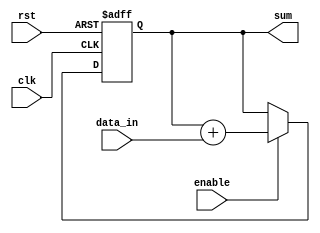
module accumulator(
    input wire clk,
    input wire rst,
    input wire [7:0] data_in,
    input wire enable,
    output reg [15:0] sum
);

reg [15:0] accumulator_reg;

always @(posedge clk or posedge rst) begin
    if (rst) begin
        accumulator_reg <= 16'h0000;
    end else if (enable) begin
        accumulator_reg <= accumulator_reg + data_in;
    end
end

assign sum = accumulator_reg;

endmodule